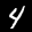
Label: 4